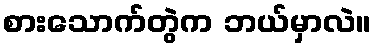
စားသောက်တွဲက ဘယ်မှာလဲ။